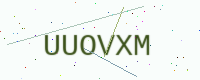
Text: UUOVXM